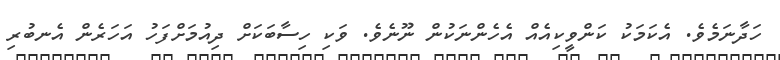
ހަދާނަމެވެ. އެކަމަކު ކަންވީކިއެއް އެހެންނަކުން ނޫނެވެ. ވަކި ހިސާބަކަށް ދިއުމަށްފަހު އަހަރެން އެނބުރި